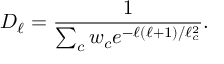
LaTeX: D _ { \ell } = { \frac { 1 } { \sum _ { c } w _ { c } e ^ { - \ell ( \ell + 1 ) / \ell _ { c } ^ { 2 } } } } .